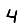
Digit: 4